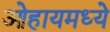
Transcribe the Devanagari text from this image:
ओहायमध्ये